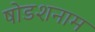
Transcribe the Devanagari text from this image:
षोडशनाम